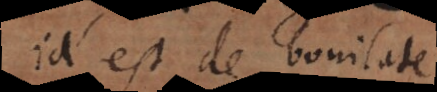
Id est de bonitate